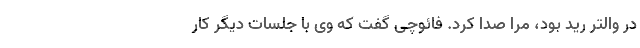
در والتر رید بود، مرا صدا کرد. فائوچی گفت که وی با جلسات دیگر کار